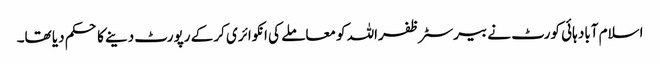
اسلام آباد ہائی کورٹ نے بیرسٹر ظفراللہ کو معاملے کی انکوائری کر کے رپورٹ دینے کا حکم دیا تھا۔